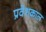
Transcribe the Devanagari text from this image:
प्रवेशकाल